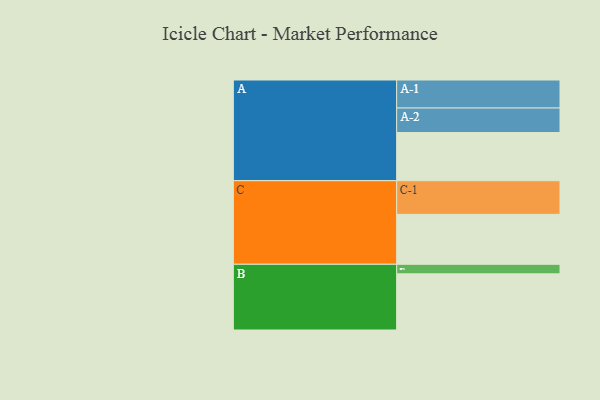
{"axis": {"x": "Segment", "y": "Value"}, "legend": ["", "A", "B", "C"], "data": [{"x": "A", "y": 428, "type": ""}, {"x": "B", "y": 499, "type": ""}, {"x": "C", "y": 444, "type": ""}, {"x": "A-1", "y": 249, "type": "A"}, {"x": "A-2", "y": 218, "type": "A"}, {"x": "B-1", "y": 85, "type": "B"}, {"x": "C-1", "y": 299, "type": "C"}]}